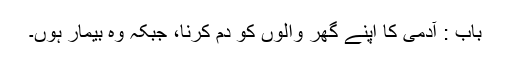
باب : آدمی کا اپنے گھر والوں کو دم کرنا، جبکہ وہ بیمار ہوں۔